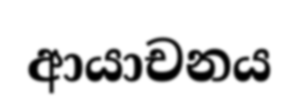
ආයාචනය